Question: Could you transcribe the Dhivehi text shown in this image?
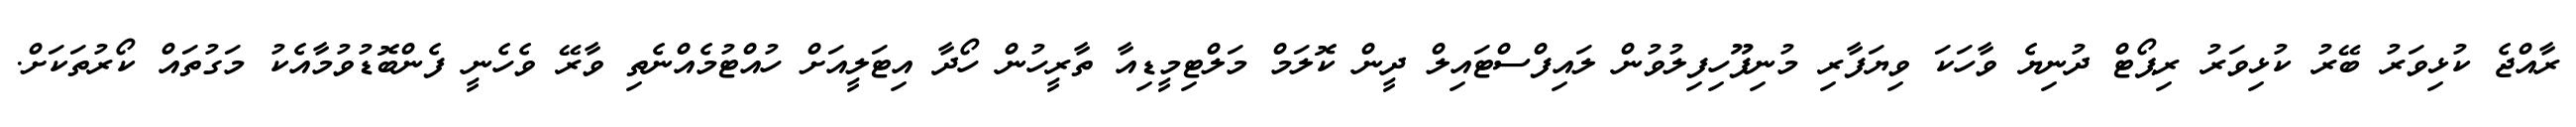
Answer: ރާއްޖެ ކުޅިވަރު ބޭރު ކުޅިވަރު ރިޕޯޓް ދުނިޔެ ވާހަކަ ވިޔަފާރި މުނިފޫހިފިލުވުން ލައިފްސްޓައިލް ދީން ކޮލަމް މަލްޓިމީޑިއާ ތާރީހުން ހޯދާ އިޓަލީއަށް ހުއްޓުމެއްނެތި ވާރޭ ވެހެނީ ފެންބޮޑުވުމާއެކު މަގުތައް ކޯރުތަކަށް.